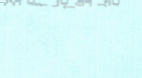
مدرسة أمل المستقبل   تعلي